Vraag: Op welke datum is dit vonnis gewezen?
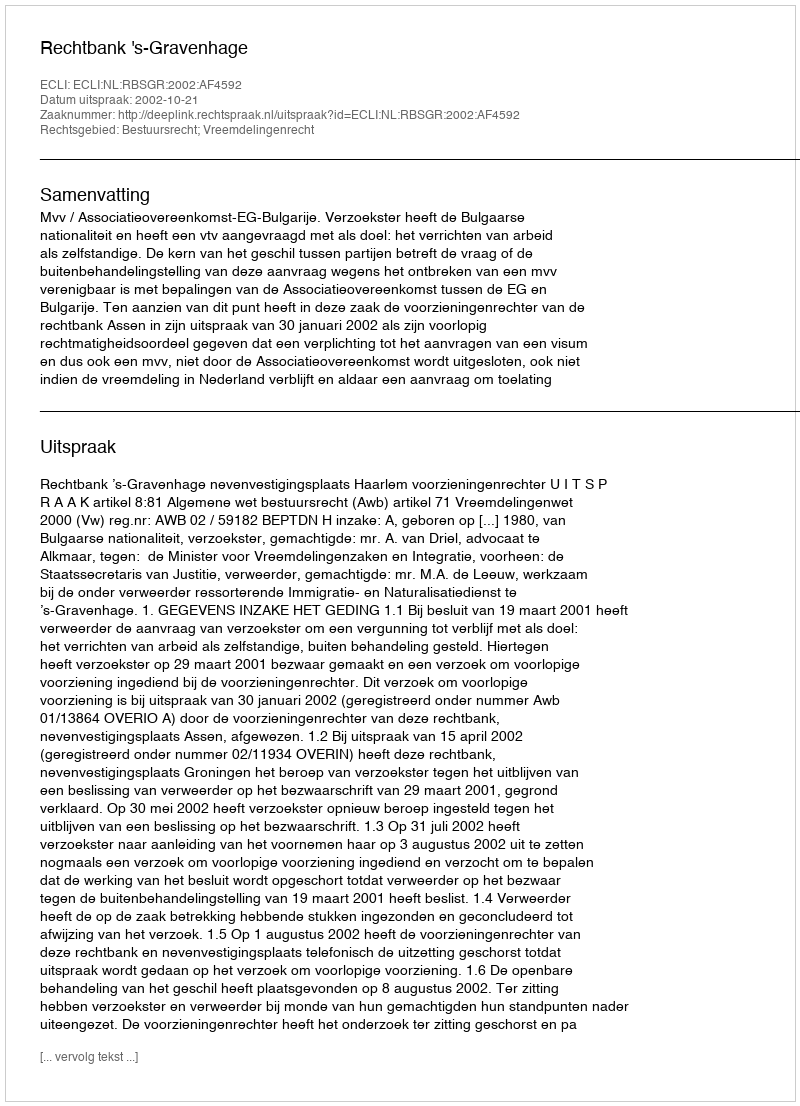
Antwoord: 2002-10-21